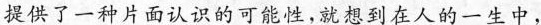
提供了一种片面认识的可能性，就想到在人的一生中，